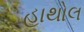
હાથોલ